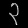
Digit: ၃